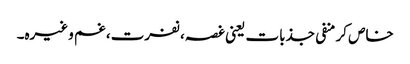
خاص کر منفی جذبات یعنی غصہ، نفرت، غم وغیرہ۔